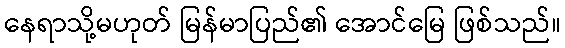
နေရာသို့မဟုတ် မြန်မာပြည်၏ အောင်မြေ ဖြစ်သည်။